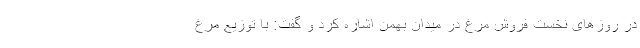
در روزهای نخست فروش مرغ در میدان بهمن اشاره کرد و گفت: با توزیع مرغ